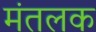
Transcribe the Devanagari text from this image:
मंतलक